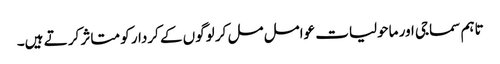
تاہم سماجی اور ماحولیات عوامل مل کر لوگوں کے کردار کو متاثر کر تے ہیں۔